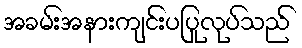
အခမ်းအနားကျင်းပပြုလုပ်သည်